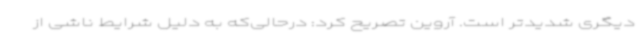
دیگری شدیدتر است. آروین تصریح کرد: درحالی‌که به دلیل شرایط ناشی از